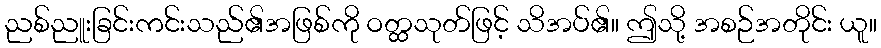
ညစ်ညူးခြင်းကင်းသည်၏အဖြစ်ကို ဝတ္ထသုတ်ဖြင့် သိအပ်၏။ ဤသို့ အစဉ်အတိုင်း ယူ။